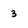
Character: 3